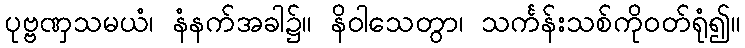
ပုဗ္ဗဏှသမယံ၊ နံနက်အခါ၌။ နိဝါသေတွာ၊ သင်္ကန်းသစ်ကိုဝတ်ရုံ၍။